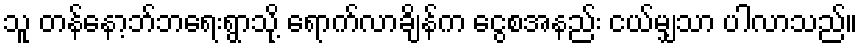
သူ တန်နော့ဘ်ဘရေးရွာသို့ ရောက်လာချိန်က ငွေစအနည်း ငယ်မျှသာ ပါလာသည်။